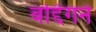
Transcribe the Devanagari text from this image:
बद्दिगने